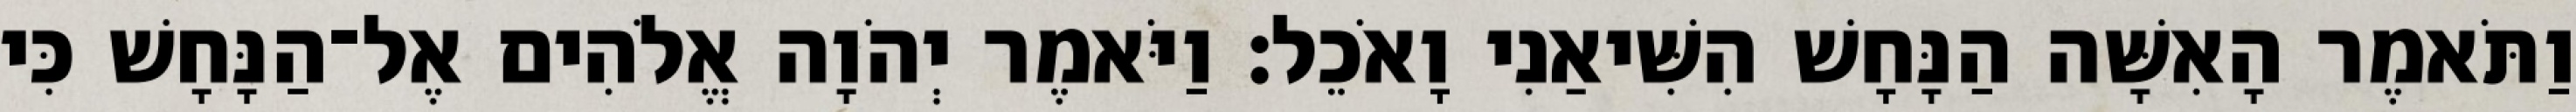
וַתֹּאמֶר הָאִשָּׁה הַנָּחָשׁ הִשִּׁיאַנִי וָאֹכֵל׃ וַיֹּאמֶר יְהֹוָה אֱלֹהִים אֶל־הַנָּחָשׁ כִּי